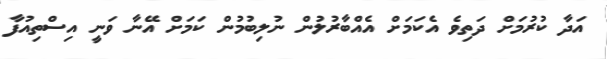
އަދާ ކުރުމަށް ދަތިވެ އެކަމަށް އެއްބާރުލުން ނުލިބުމުން ކަމަށް އޭނާ ވަނީ އިސްތިއުފާ